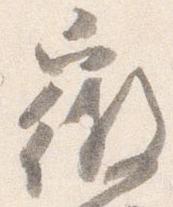
微